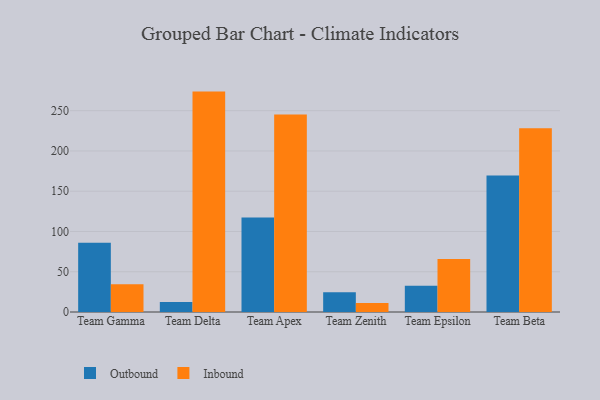
{"axis": {"x": "Team", "y": "Budget (USD K)"}, "legend": ["Inbound", "Outbound"], "data": [{"x": "Team Gamma", "y": 86.0, "type": "Outbound"}, {"x": "Team Gamma", "y": 34.6, "type": "Inbound"}, {"x": "Team Delta", "y": 12.4, "type": "Outbound"}, {"x": "Team Delta", "y": 273.7, "type": "Inbound"}, {"x": "Team Apex", "y": 117.5, "type": "Outbound"}, {"x": "Team Apex", "y": 245.3, "type": "Inbound"}, {"x": "Team Zenith", "y": 24.4, "type": "Outbound"}, {"x": "Team Zenith", "y": 11.3, "type": "Inbound"}, {"x": "Team Epsilon", "y": 32.6, "type": "Outbound"}, {"x": "Team Epsilon", "y": 65.7, "type": "Inbound"}, {"x": "Team Beta", "y": 169.4, "type": "Outbound"}, {"x": "Team Beta", "y": 228.2, "type": "Inbound"}]}